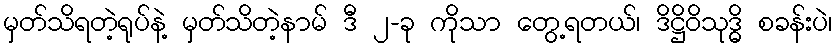
မှတ်သိရတဲ့ရုပ်နဲ့ မှတ်သိတဲ့နာမ် ဒီ ၂-ခု ကိုသာ တွေ့ရတယ်၊ ဒိဋ္ဌိဝိသုဒ္ဓိ စခန်းပဲ၊